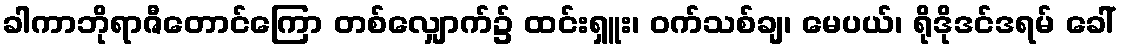
ခါကာဘိုရာဇီတောင်ကြော တစ်လျှောက်၌ ထင်းရှူး၊ ဝက်သစ်ချ၊ မေပယ်၊ ရိုဒိုဒင်ဒရမ် ခေါ်